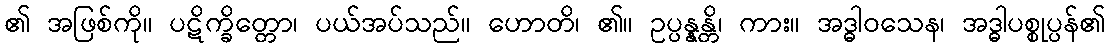
၏ အဖြစ်ကို။ ပဋိက္ခိတ္တော၊ ပယ်အပ်သည်။ ဟောတိ၊ ၏။ ဥပ္ပန္နန္တိ၊ ကား။ အဒ္ဓါဝသေန၊ အဒ္ဓါပစ္စုပ္ပန်၏